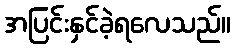
အပြင်းနှင်ခဲ့ရလေသည်။